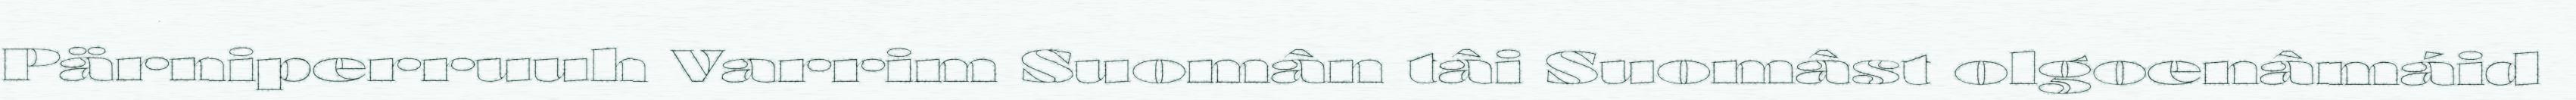
Pärniperruuh Varrim Suomân tâi Suomâst olgoenâmáid